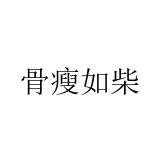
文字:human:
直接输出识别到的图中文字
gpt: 骨瘦如柴